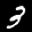
Label: 3